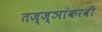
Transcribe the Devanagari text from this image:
तज्ज्ञांकरवी